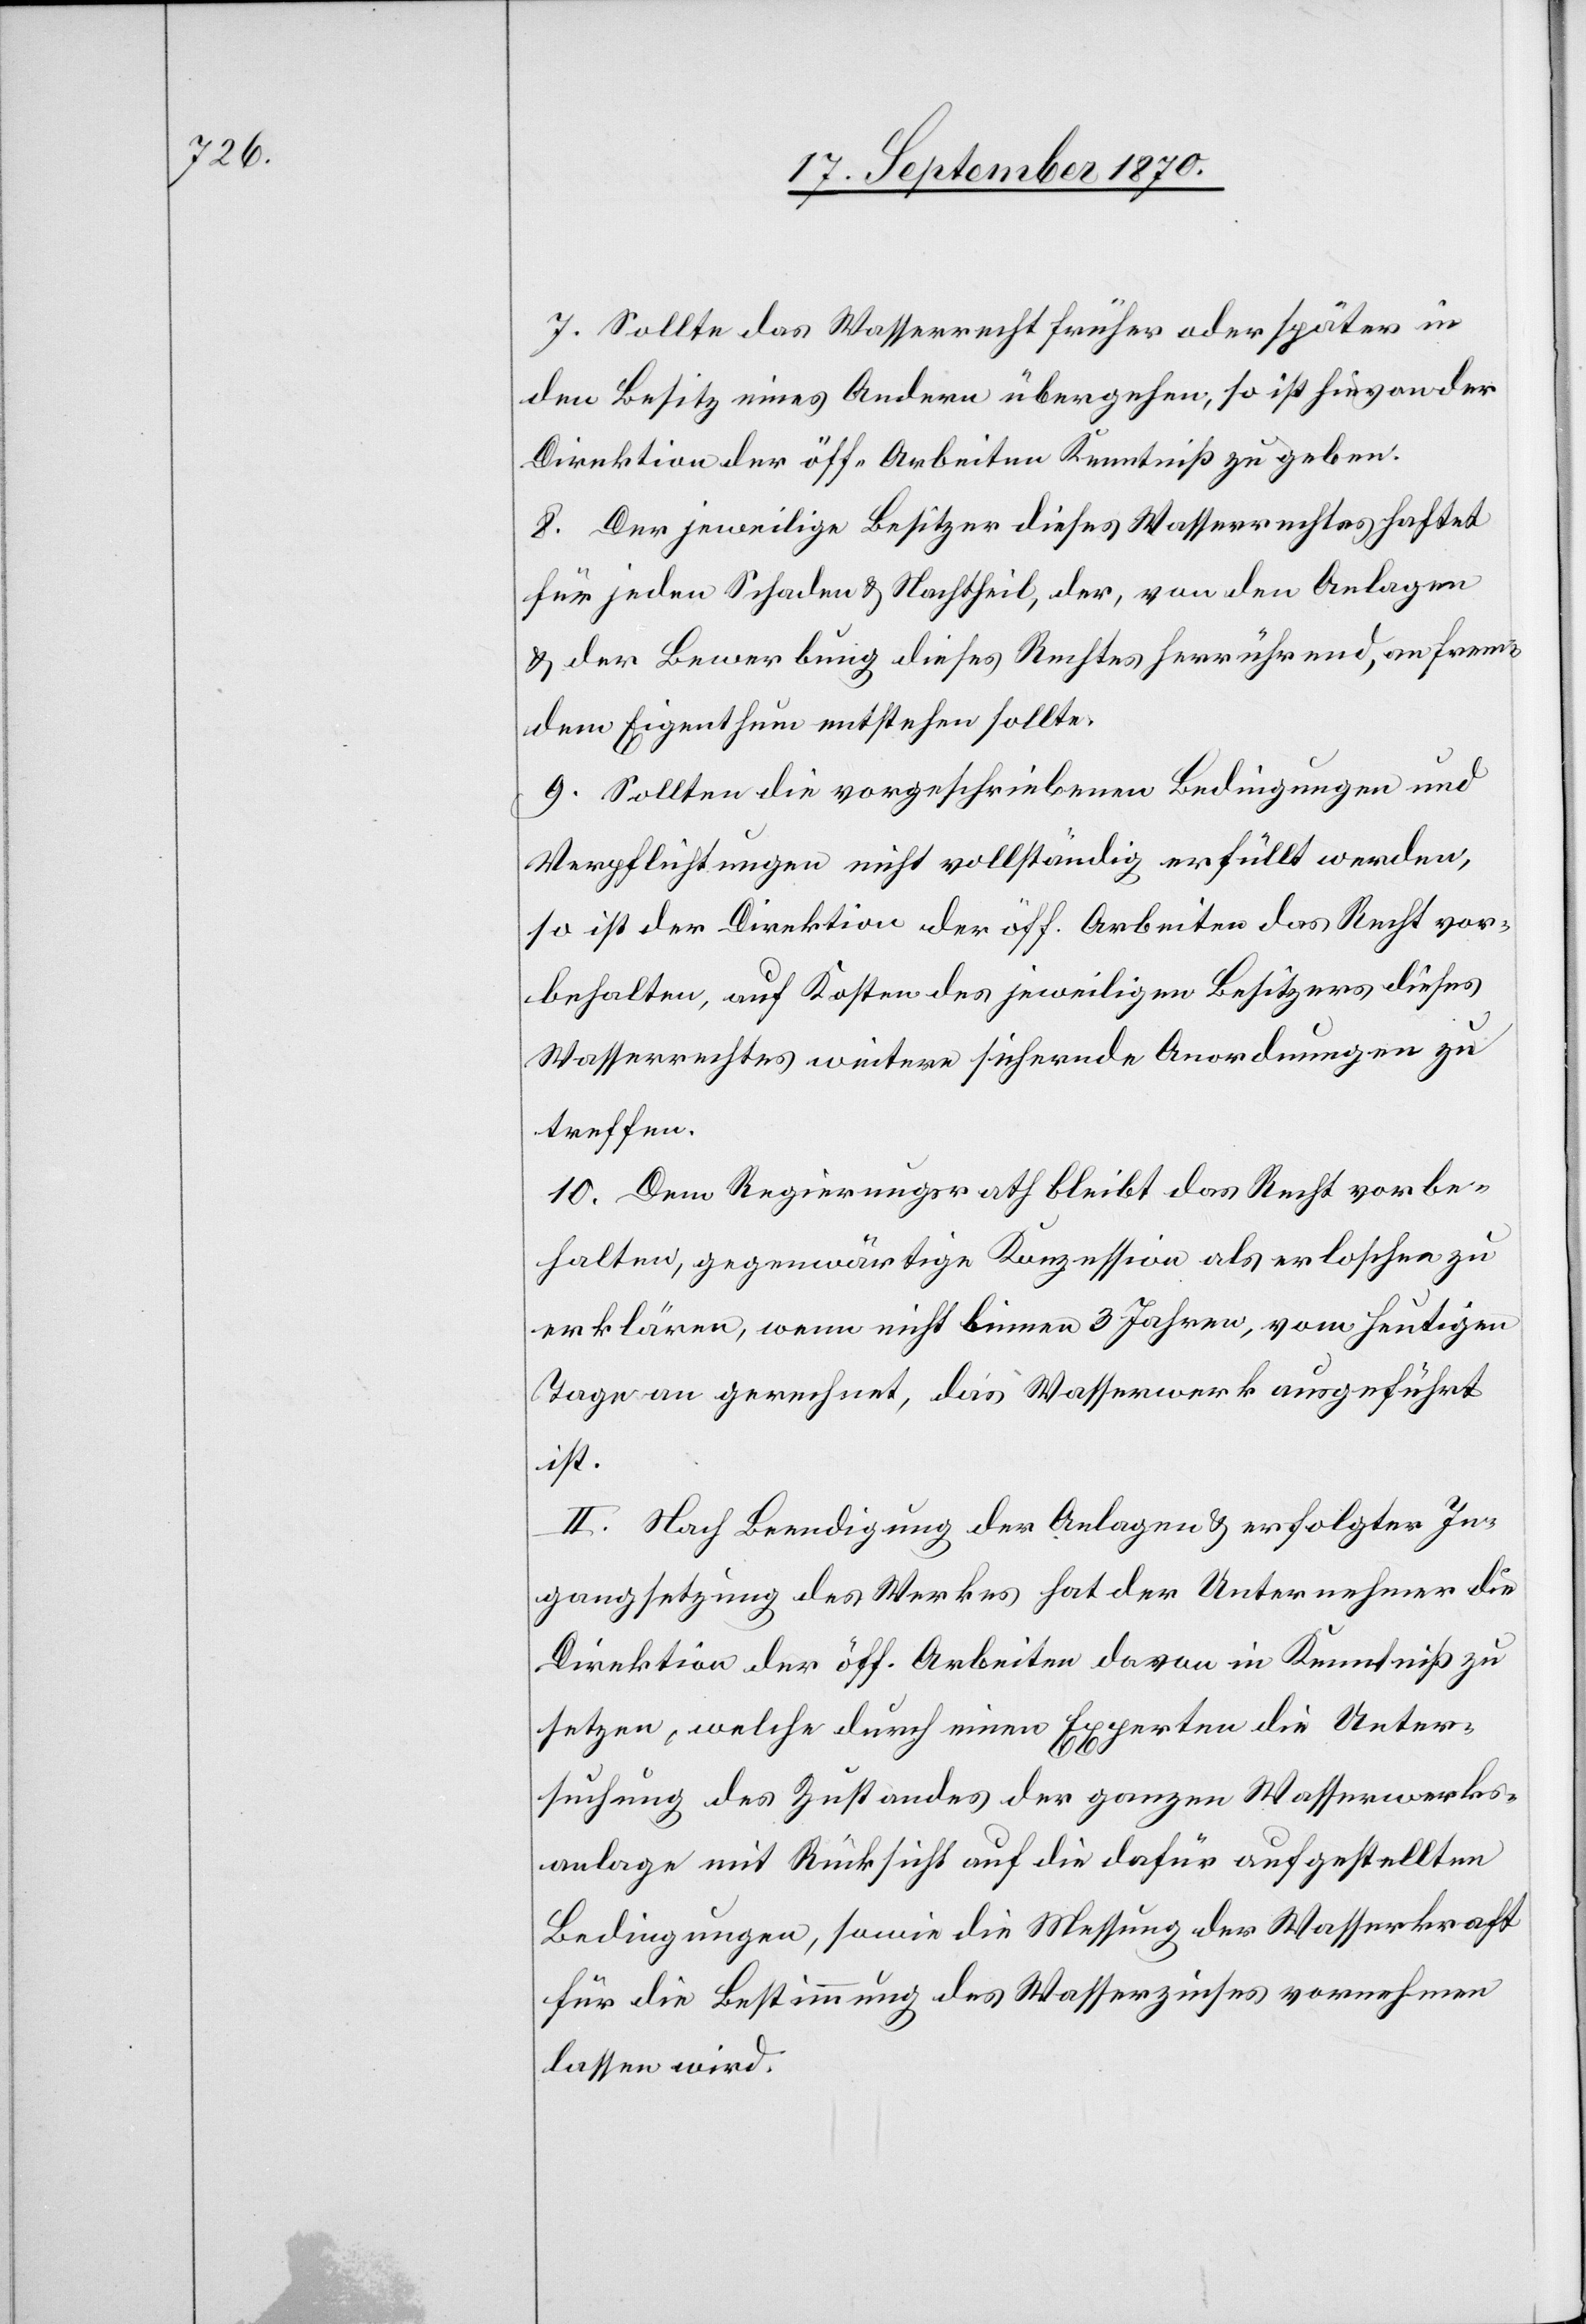
7. Sollte das Wasserrecht früher oder später in
den Besitz eines Andern übergehen, so ist hievon der
Direktion der öff. Arbeiten Kenntniß zu geben.
8. Der jeweilige Besitzer dieses Wasserrechtes haftet
für jeden Schaden & Nachtheil, der, von den Anlagen
& der Bewerbung dieses Rechtes herrührend, an frem¬
dem Eigenthum entstehen sollte.
9. Sollten die vorgeschriebenen Bedingungen und
Verpflichtungen nicht vollständig erfüllt werden,
so ist der Direktion der öff. Arbeiten das Recht vor¬
behalten, auf Kosten des jeweiligen Besitzers dieses
Wasserrechtes weitere sichernde Anordnungen zu
treffen.
10. Dem Regierungsrath bleibt das Recht vorbe¬
halten, gegenwärtige Konzession als erloschen zu
erklären, wenn nicht binnen 3 Jahren, vom heutigen
Tage an gerechnet, das Wasserwerk ausgeführt
ist.
II. Nach Beendigung der Anlagen & erfolgter In¬
gangsetzung des Werkes hat der Unternehmer die
Direktion der öff. Arbeiten davon in Kenntniß zu
setzen, welche durch einen Experten die Unter¬
suchung des Zustandes der ganzen Wasserwerks¬
anlage mit Rücksicht auf die dafür aufgestellten
Bedingungen, sowie die Messung der Wasserkraft
für die Bestimmung des Wasserzinses vornehmen
lassen wird.